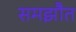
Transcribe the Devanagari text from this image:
समझौत